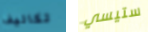
تكاليف ستيسي